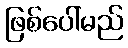
ဖြစ်ပေါ်မည်